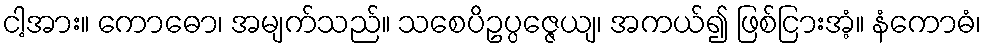
ငါ့အား။ ကောဓော၊ အမျက်သည်။ သစေပိဥပ္ပဇ္ဇေယျ၊ အကယ်၍ ဖြစ်ငြားအံ့။ နံကောဓံ၊